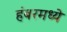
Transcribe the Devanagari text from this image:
हंबरमध्ये